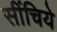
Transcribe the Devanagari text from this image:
सींचिये